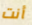
أنت